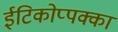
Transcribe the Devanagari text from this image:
ईटिकोप्पक्का